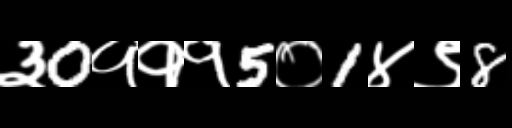
Text: ३0१११5०1४९8